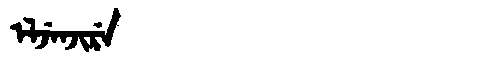
Manchu: ᡝᠯᠵᡝᠨᠵᡳᡵᡝ
Romanization: ELJENJIRE